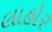
લાહોર